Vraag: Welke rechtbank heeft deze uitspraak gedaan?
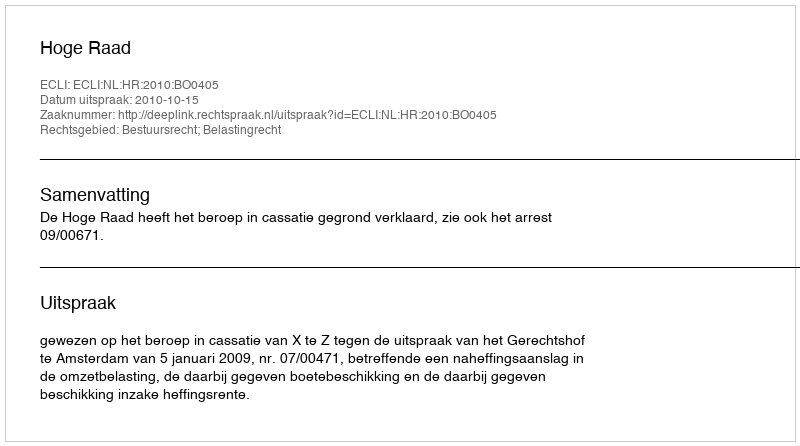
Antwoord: Hoge Raad